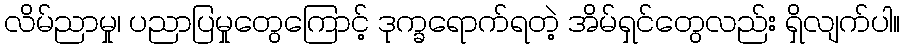
လိမ်ညာမှု၊ ပညာပြမှုတွေကြောင့် ဒုက္ခရောက်ရတဲ့ အိမ်ရှင်တွေလည်း ရှိလျက်ပါ။